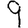
Digit: 9